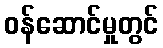
ဝန်ဆောင်မှုတွင်